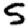
Digit: 5